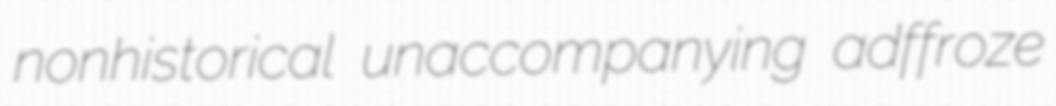
nonhistorical unaccompanying adffroze